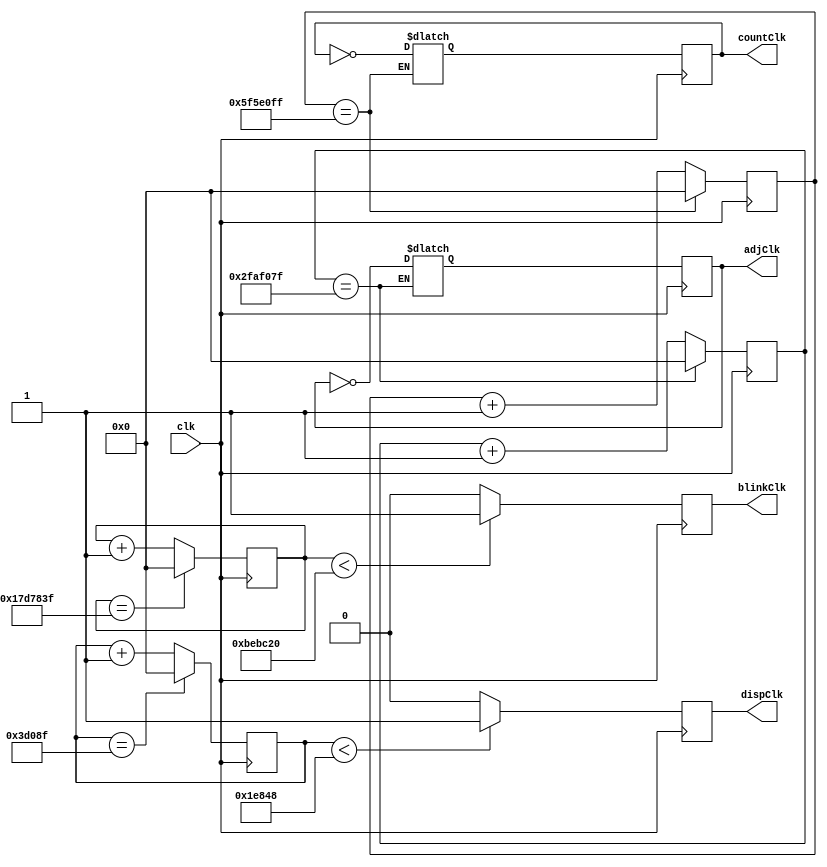
module clock(clk, countClk, adjClk, dispClk, blinkClk);
    input clk;
    output reg countClk = 0;
    output reg adjClk = 0;
    output reg dispClk = 0;
    output reg blinkClk = 0;
    
    reg[26:0] counter = 0;
    reg[26:0] counter_d = 0;
    reg[26:0] counter1 = 0;
    reg[26:0] counter1_d = 0;
    reg[26:0] counter2 = 0;
    reg[26:0] counter2_d = 0;
    reg[26:0] counter3 = 0;
    reg[26:0] counter3_d = 0;
    
    reg countClk_d = 0;
    reg adjClk_d =0;
    reg dispClk_d = 0;
    reg blinkClk_d = 0;

    
    always@ (posedge clk) begin
        counter <= counter_d;
        counter2 <= counter2_d;
        counter3 <= counter3_d;
        counter1 <= counter1_d;
        countClk <= countClk_d;
        adjClk <= adjClk_d;
        dispClk <= dispClk_d;
        blinkClk <= blinkClk_d;
    end
    
    always@ (*) begin
    
//        if(counter2 == 99999) begin
//            counter2_d = 0;
//            dispClk_d = ~dispClk;
//        end else begin
//            counter2_d = counter2 + 1;
//        end
    
//        if(counter1 == 24999999) begin
        if(counter1 == 49999999) begin
//        if(counter1 == 499999) begin
            counter1_d = 0;
            adjClk_d = ~adjClk;
        end else begin
            counter1_d = counter1 + 1;
        end
    
//        if(counter1 < (100000000 / 2) / 2) begin
//            adjClk_d = 1;
//        end else begin
//            adjClk_d = 0;
//        end
        
        if(counter2 < (100000000 / 400) / 2) begin
                dispClk_d = 1;
        end else begin
                dispClk_d = 0;
        end
        
        if(counter3 < (100000000 / 4) / 2) begin
                blinkClk_d = 1;
        end else begin
                blinkClk_d = 0;
        end
    
//        if(counter1 == (100000000 / 2) - 1) begin
//            counter1_d = 0;
//        end else begin
//            counter1_d = counter1 + 1;
//        end
        
        if(counter2 == (100000000 / 400) - 1) begin
            counter2_d = 0;
        end else begin
            counter2_d = counter2 + 1;
        end
        
        if(counter3 == (100000000 / 4) - 1) begin
            counter3_d = 0;
        end else begin
            counter3_d = counter3 + 1;
        end
        
//        if(counter == 49999999) begin
        if(counter == 99999999) begin
//        if(counter == 999999) begin
            counter_d = 0;
            countClk_d = ~countClk;
        end else begin
            counter_d = counter + 1;
        end
        
//        if(counter < (100000000) / 2) begin
//            countClk_d = 1;
//        end else begin
//            countClk_d = 0;
//        end
        
//        if(counter == (100000000) - 1) begin
//            counter_d = 0;
//        end else begin
//            counter_d = counter + 1;
//        end
    end
    
endmodule